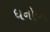
ધનોવા